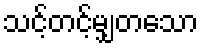
သင့်တင့်မျှတသော